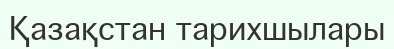
Қазақстан тарихшылары